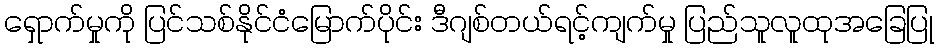
ရှောက်မှုကို ပြင်သစ်နိုင်ငံမြောက်ပိုင်း ဒီဂျစ်တယ်ရင့်ကျက်မှု ပြည်သူလူထုအခြေပြု